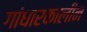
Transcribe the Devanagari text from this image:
गांधारकालीन